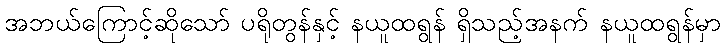
အဘယ်ကြောင့်ဆိုသော် ပရိုတွန်နှင့် နယူထရွန် ရှိသည့်အနက် နယူထရွန်မှာ